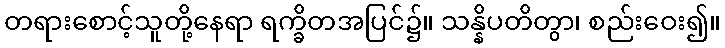
တရားစောင့်သူတို့နေရာ ရက္ခိတအပြင်၌။ သန္နိပတိတွာ၊ စည်းဝေး၍။